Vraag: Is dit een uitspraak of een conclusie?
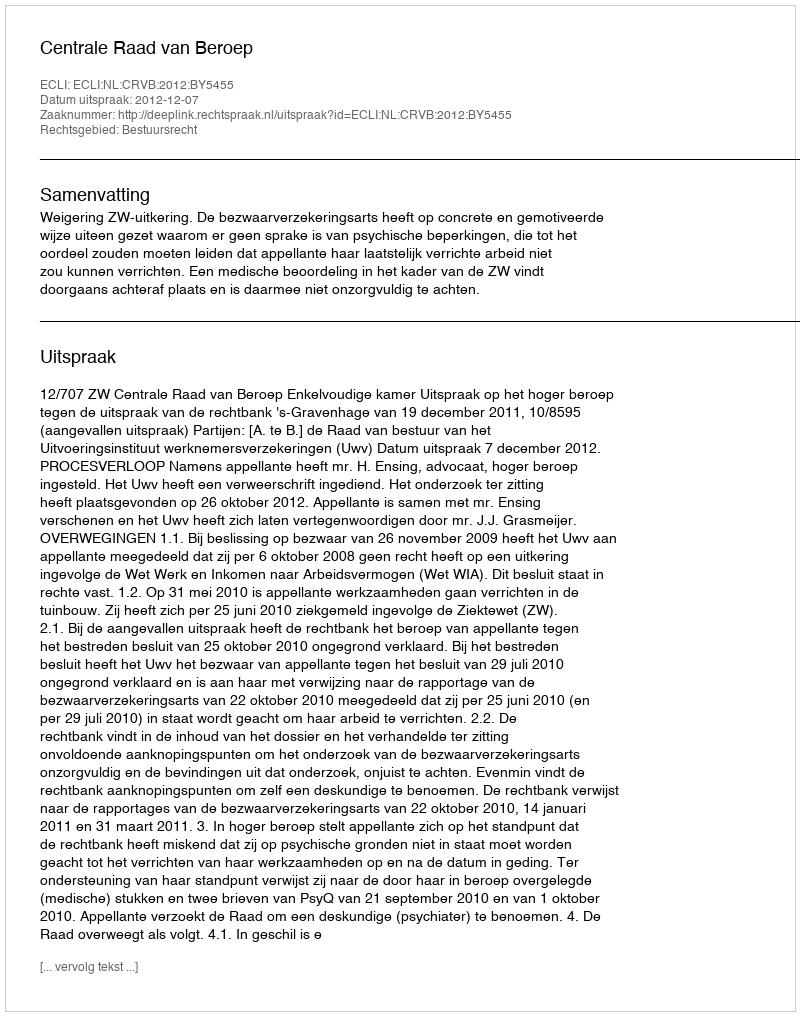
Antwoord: Uitspraak